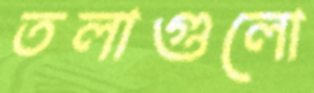
তলাগুলো